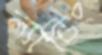
ল্যান্ডিং